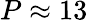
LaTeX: P\approx 13